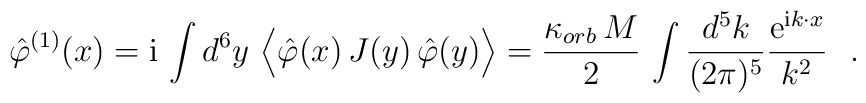
\hat\varphi^{(1)}(x)={\rm i}\, \int d^{6} y \,\,\Big< \hat\varphi(x)\,J(y)\,  \hat\varphi(y) \Big> =\frac{\kappa_{orb}\,M}{2}\, \int\frac{d^{5} k}{(2\pi)^{5}} \frac{{\rm e}^{{\rm i}k\cdot x}}{k^2}~~.